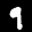
Label: 9